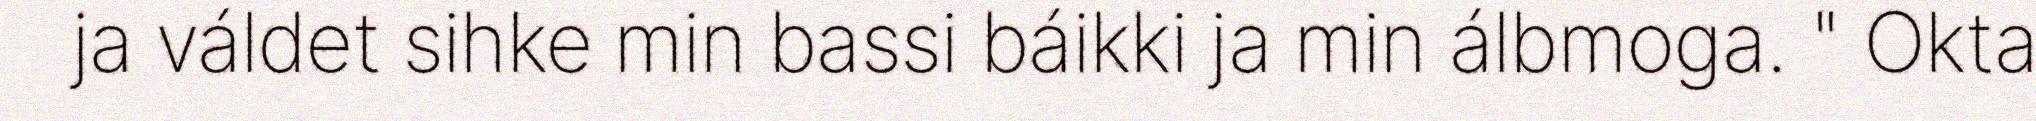
ja váldet sihke min bassi báikki ja min álbmoga. " Okta